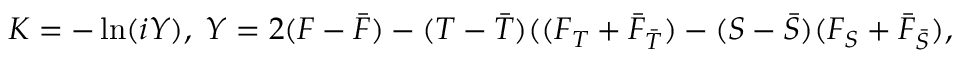
K = - \ln ( i Y ) , \; Y = 2 ( F - { \bar { F } } ) - ( T - { \bar { T } } ) ( ( F _ { T } + { \bar { F } } _ { \bar { T } } ) - ( S - { \bar { S } } ) ( F _ { S } + { \bar { F } } _ { \bar { S } } ) ,